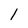
Character: l